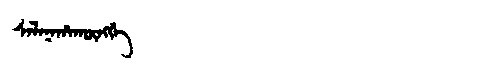
Manchu: ᠰᠠᠯᠠᠨᠠᡥᠠᡴᡡᠩᡤᡝ
Romanization: SALANAHAKŪNGGE